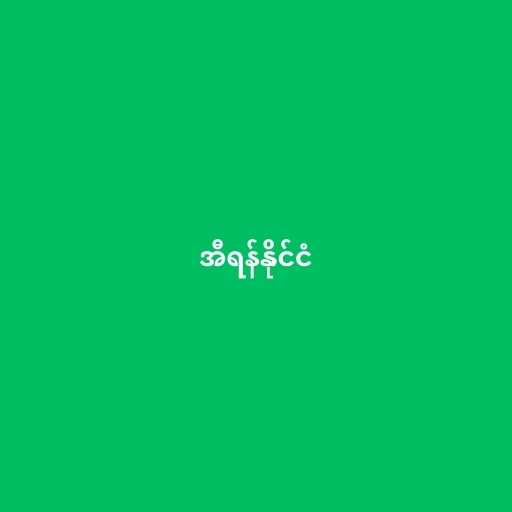
အီရန်နိုင်ငံ